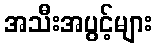
အသီးအပွင့်များ